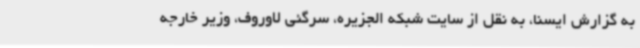
به گزارش ایسنا، به نقل از سایت شبکه الجزیره، سرگئی لاوروف، وزیر خارجه